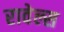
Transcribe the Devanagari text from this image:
रावेल्स